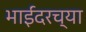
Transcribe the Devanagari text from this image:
भाईंदरच्या